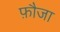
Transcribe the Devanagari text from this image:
फ़ौजा